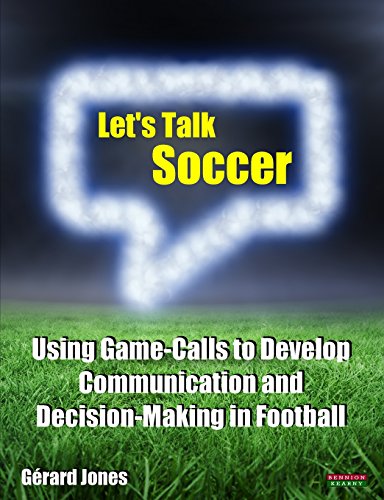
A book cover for Let's Talk Soccer: Using Game-Calls to Develop Communication and Decision-Making in Football; GÃ©rard Jones; Sports & Outdoors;